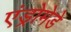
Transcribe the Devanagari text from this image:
एंड्रोमेडे